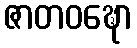
ဇာတဝဍ္ဎော